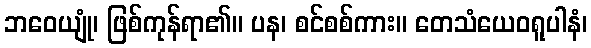
ဘဝေယျုံ၊ ဖြစ်ကုန်ရာ၏။ ပန၊ စင်စစ်ကား။ တေသံယေဝရူပါနံ၊